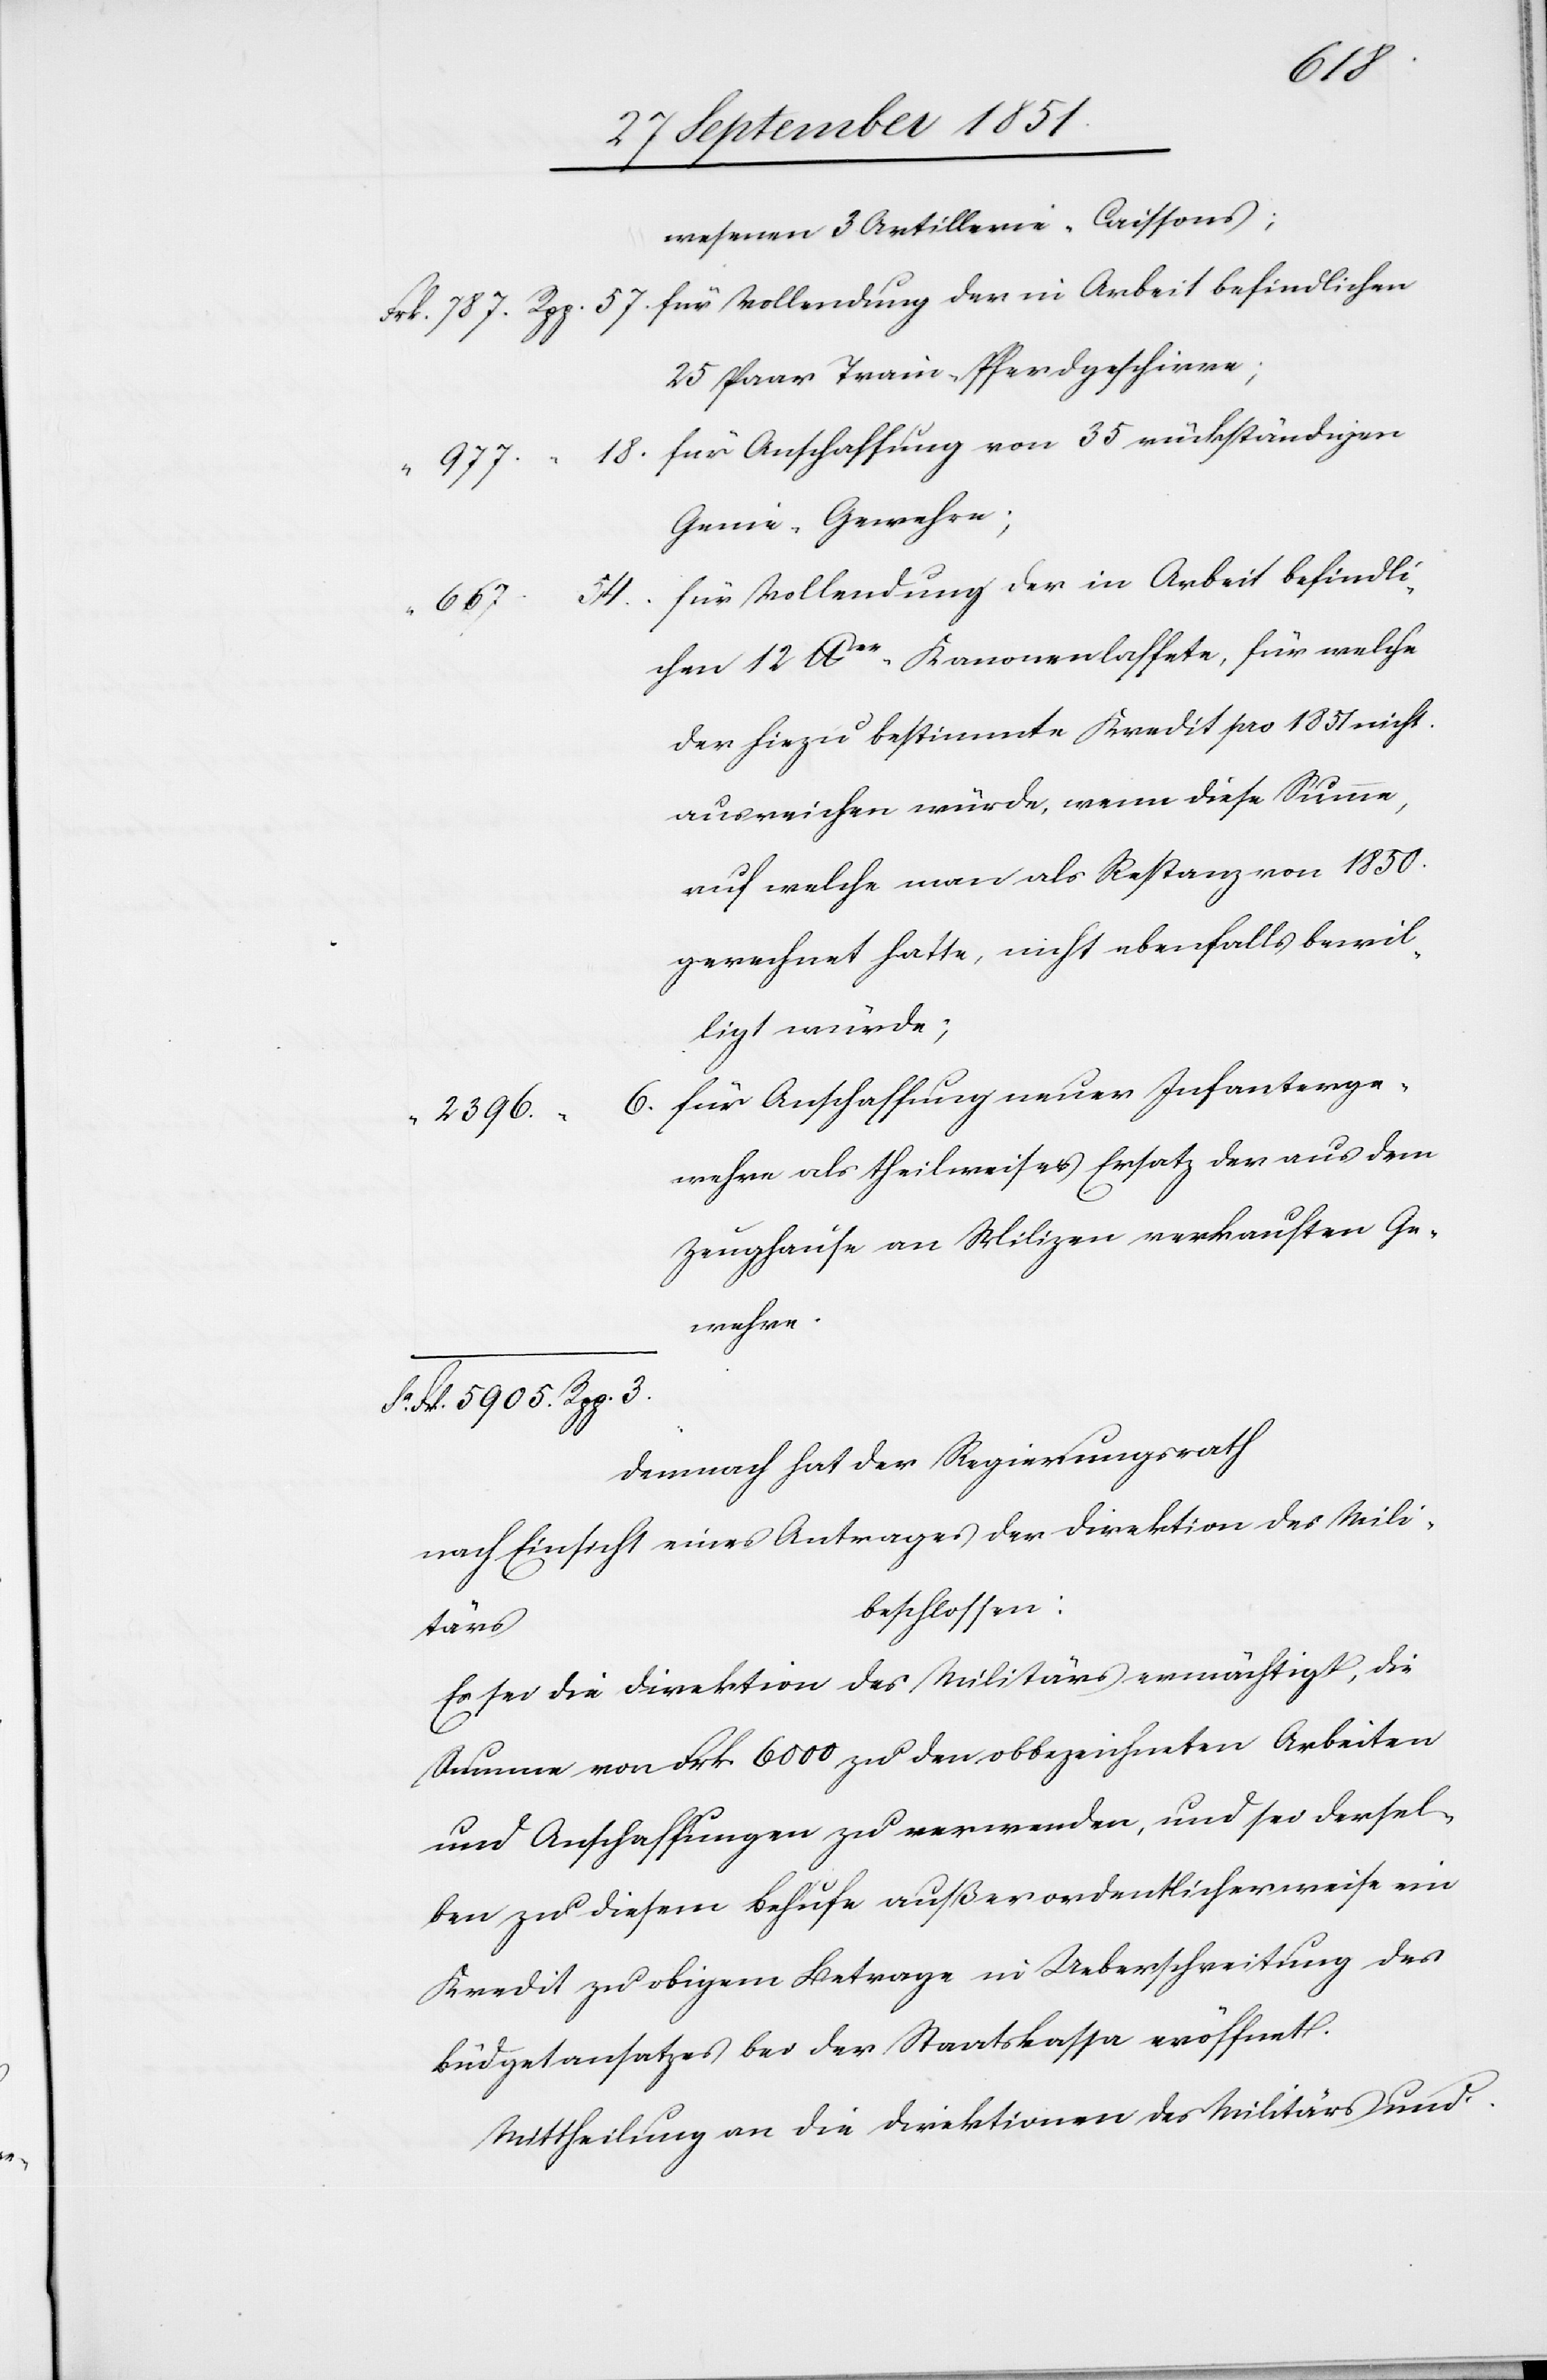
chen
wesenen 3 Artillerie-Caissons;
25 Paar Train-Pferdgeschirre;
für Anschaffung von 35 rückständigen
977.
Genie-Gewehre[n];
für Vollendung der in Arbeit befindli¬
Sa.
667.
chen 12 lber-Kanonenlaffete, für welche
der hiezu bestimmte Kredit pro 1851 nicht
ausreichen würde, wenn diese Summe,
auf welche man als Restanz von 1850.
gerechnet hatte, nicht ebenfalls bewil¬
ligt würde;
für Anschaffung neuer Infanter[ie]ge¬
2396.
wehre als theilweises [sic!] Ersatz der aus dem
Zeughause an Milizen verkauften Ge¬
wehre.
Frk. 5905. Rpp. 3.
Demnach hat der Regierungsrath
nach Einsicht eines Antrages der Direktion des Mili¬
beschlossen:
tärs
Es sei die Direktion des Militärs ermächtigt, die
Summe von Frk. 6000 zu den obbezeichneten Arbeiten
und Anschaffungen zu verwenden, und sei dersel¬
ben zu diesem Behufe außerordentlicherweise ein
Kredit zu obigem Betrage in Ueberschreitung des
Büdgetansatzes bei der Staatskassa eröffnet.
Mittheilung an die Direktionen des Militärs und